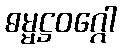
ဓမ္မဋ္ဌဝဂ္ဂေါ